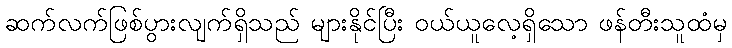
ဆက်လက်ဖြစ်ပွားလျက်ရှိသည် များနိုင်ပြီး ဝယ်ယူလေ့ရှိသော ဖန်တီးသူထံမှ